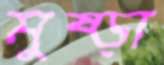
মুষ্‌ড়া